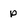
Character: p